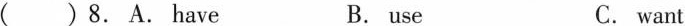
( ) 8.A.Have B. use C. want